Annual administration report of the Civil Veterinary Department of India - 1902-1903
Year: 1902
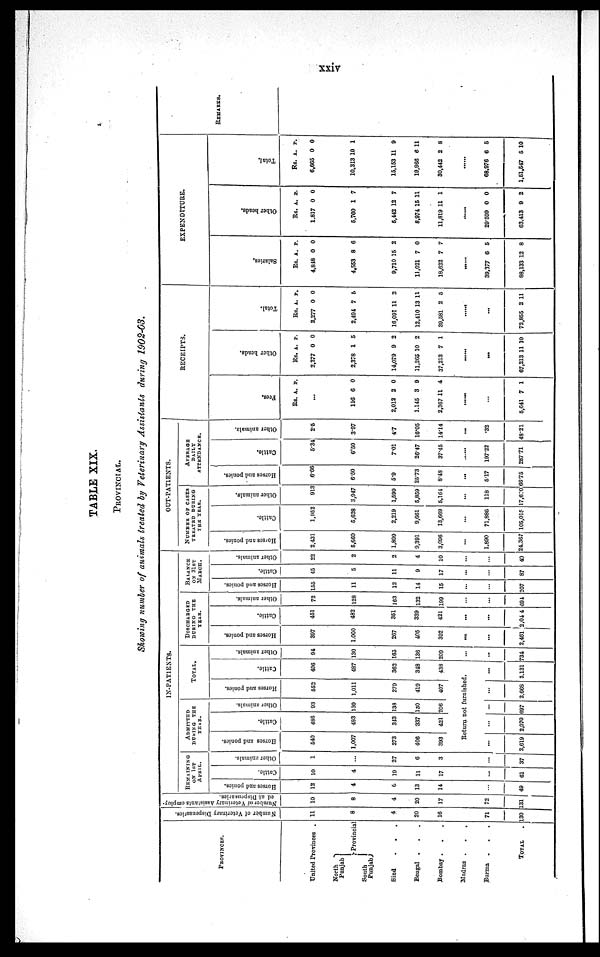
xxiv
TABLE XIX.
PROVINCIAL.
Showing number of animals treated by Veterinary Assistants during 1902-03.
PROVINCE.
United Provinces .
North
Punjab
South
Punjab
Provincial
Sind . . .
Bengal . . .
Bombay .
. .
Madras .
.
.
Burma . . .
TOTAL .
Number of Veterinary Dispensaries.
11
8
4
20
16
71
130
Number or Veterinary Assistants employ-
ed
at Dispensaries.
10
8
4
20
17
72
131
IN-PATIENTS.
REMAINING
IN 1ST
APRIL.
Horses and ponies.
12
4
6
13
14
...
49
Cattle.
10
4
19
11
17
...
61
Other animals.
1
...
27
6
3
...
37
ADMITTED
DURING THE
YEAR.
Horses and ponies.
540
1,007
273
406
393
Cattle.
486
483
343
337
421
Other animals.
93
130
133
130
206
TOTAL.
Horses and ponies.
552
1,011
279
419
407
Cattle.
496
487
362
348
438
Return not furnished.
...
2,619
...
2,070
...
597
...
2,668
...
2.131
Other animals.
94
130
163
136
209
...
...
734
DISCHARGED
DURING THE
YEAR.
Horses and ponies.
397
1,000
267
405
392
...
...
2,461
Cattle.
451
482
351
339
421
...
...
2,04 4
Other animals.
72
128
163
132
199
...
...
694
BALANCE
ON 31ST
MARCH.
Horses and ponies.
155
11
12
14
15
...
...
207
Cattle.
45
5
11
9
17
...
...
87
Other animals.
22
2
2
4
10
...
...
40
OUT-PATIENTS.
NUMBER OF CASES
TREATED DURING
THE YEAR.
Horses and ponies.
2,431
5,660
1,899
9,391
3,096
...
1,890
24,367
Cattle.
1,952
5,628
2,219
9,661
13,669
...
71,886
105,015
Other animals.
913
3,947
1,599
5,859
5,164
...
118
17,680
AVERAGE
DAILY
ATTENDANCE.
Horses and ponies.
6.66
6.50
5.9
25.73
8.48
...
5.17
66.75
Cattle.
5.34
6.50
7.01
26.47
37.45
197.22
287.71
Other animals.
2.5
3.97
4.7
16.05
14.14
...
.32
48.21
RECEIPTS.
Fees.
Rs. A. P.
...
116
2,012
1,145
2,367
6
2
3
11
0
0
9
4
......
...
5,641 7 1
Ot her heads.
Rs.
2,277
2,378
14,079
11,265
37,213
A.
0
1
9
10
7
P.
0
5
2
2
1
......
...
67,213 11 10
Tot al .
Rs.
2,277
2,494
16,091
12,410
39,581
A.
0
7
11
13
2
P.
0
5
2
11
5
......
...
72,855 2 11
EXPENDITURE.
Salaries.
Rs.
4,818
4,553
9,710
11,021
18,622
A.
0
8
15
7
7
P.
0
6
2
0
7
......
39,3.77
88,133
6
12
5
8
Ot her heads.
Rs.
1,817
5,760
5,442
8,974
11,819
A.
0
1
12
15 1
11
P.
0
7
7
1
1
......
29599
63,413
0
9
0
2
Total.
Rs.
6,665
10,313
15,153
19,966
30,442
A.
0
10
11
6 1
2
P.
0
1
9
1
8
......
68,976
1,61,547
6
5
5
10
REMARKS.